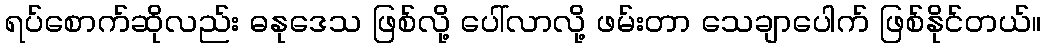
ရပ်စောက်ဆိုလည်း ဓနုဒေသ ဖြစ်လို့ ပေါ်လာလို့ ဖမ်းတာ သေချာပေါက် ဖြစ်နိုင်တယ်။